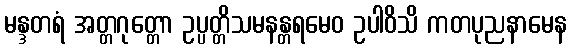
မန္ဒတရံ အတ္တဂုတ္တော ဥပ္ပတ္တိသမနန္တရမေဝ ဥပါဝိသိ ကတပုညနာမေန